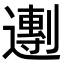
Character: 𬩒